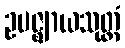
ဥပဇ္ဈာယသုတ္တံ